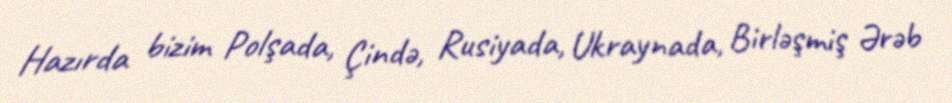
Hazırda bizim Polşada, Çində, Rusiyada, Ukraynada, Birləşmiş Ərəb